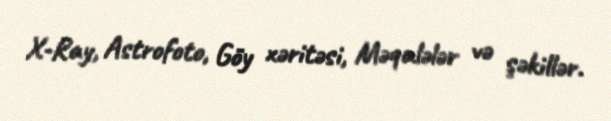
X-Ray, Astrofoto, Göy xəritəsi, Məqalələr və şəkillər.